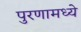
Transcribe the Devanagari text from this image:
पुरणामध्ये